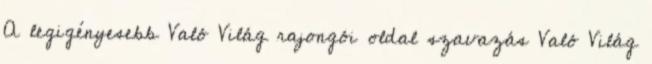
A legigényesebb Való Világ rajongói oldal szavazás Való Világ